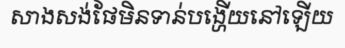
សាងសង់ផែមិនទាន់បង្ហើយនៅឡើយ